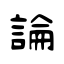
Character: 論